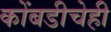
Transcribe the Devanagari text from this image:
कोंबडीचेही